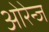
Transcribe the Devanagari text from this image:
ओरेन्ज